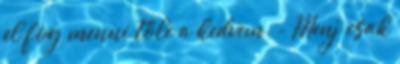
el fog menni tőle a kedvem. - Menj csak